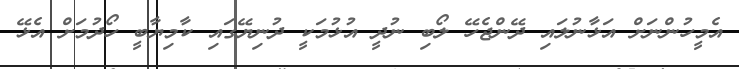
އެމީހުންނަށް އަޅާނުލައި ދޭންޖެހޭ ލޯބި ނުދީ އުޅުމަކީ ދުނިޔޭގައި ކާމިޔާބީ ހޯދުމަށް އެޅޭ